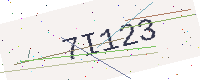
Text: 7I123